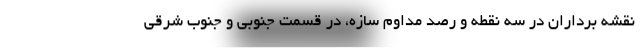
نقشه برداران در سه نقطه و رصد مداوم سازه، در قسمت جنوبی و جنوب شرقی